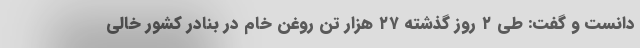
دانست و گفت: طی ۲ روز گذشته ۲۷ هزار تن روغن خام در بنادر کشور خالی